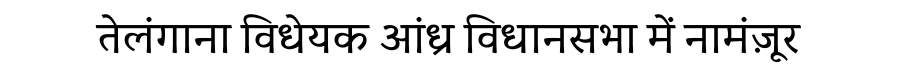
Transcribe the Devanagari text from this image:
तेलंगाना विधेयक आंध्र विधानसभा में नामंज़ूर